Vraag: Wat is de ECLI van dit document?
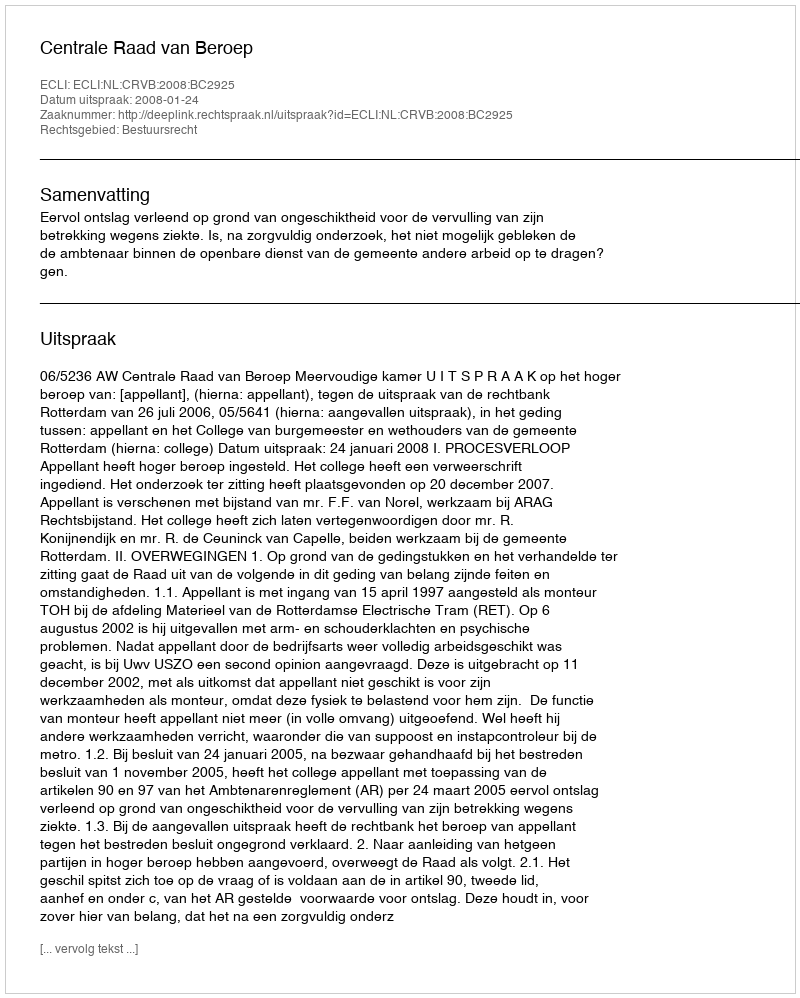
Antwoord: ECLI:NL:CRVB:2008:BC2925